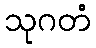
သုဂတံ